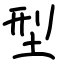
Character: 型